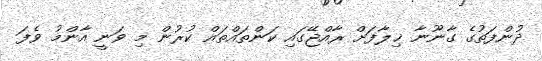
ދުންފަތުގެ ގާނޫނާ ޚިލާފަށް ރާއްޖޭގައި ކަންތައްތައް ކުރުން މި ވަނީ އާންމު ވެފަ